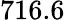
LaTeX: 716.6